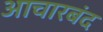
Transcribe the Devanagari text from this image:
आचारबंद